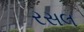
રસલ